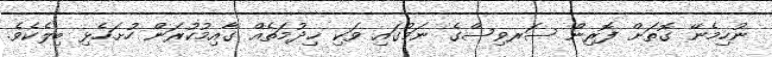
ނުހިމެނޭ ގޮތަށް ފޮރިން ސަރވިސްގެ ނަމުގައި ވަކި ޚިދުމަތެއް ގާއިމުކުރަން ހުށަހެޅި ބިލެކެވެ.